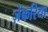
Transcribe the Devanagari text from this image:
ज़ेकरिया